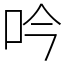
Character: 吟